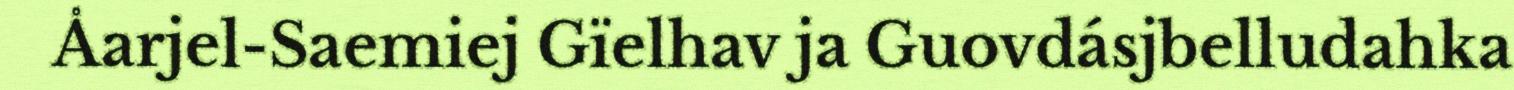
Åarjel-Saemiej Gïelhav ja Guovdásjbelludahka